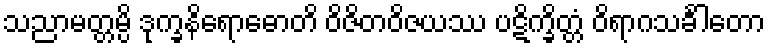
သညာမတ္တမ္ပိ ဒုက္ခနိရောဓောတိ ဝိဇိတဝိဇယဿ ပဋိက္ခိတ္တံ ဝိရာဂသင်္ခါတော